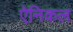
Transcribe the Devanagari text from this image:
ऐनिकल